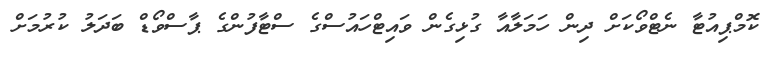
ކޮމްޕިއުޓާ ނެޓްވޯކަށް ދިން ހަމަލާއާ ގުޅިގެން ވައިޓްހައުސްގެ ސްޓާފުންގެ ޕާސްވޯޑް ބަދަލު ކުރުމަށް